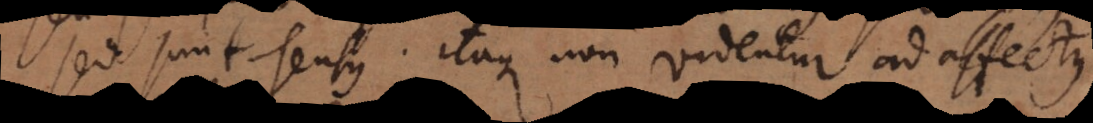
sed sunt sensus. Itaque non videntur ad affectus